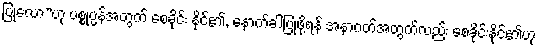
ပြုလော”ဟု ပစ္စုပ္ပန်အတွက် စေခိုင်း နိုင်၏, နောက်ခါပြုဖို့ရန် အနာဂတ်အတွက်လည်း စေခိုင်းနိုင်၏ဟု